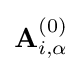
\mathbf {A} _{i,\alpha }^{(0)}